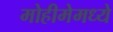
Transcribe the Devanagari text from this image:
मोहीमेमध्ये